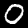
Digit: 0